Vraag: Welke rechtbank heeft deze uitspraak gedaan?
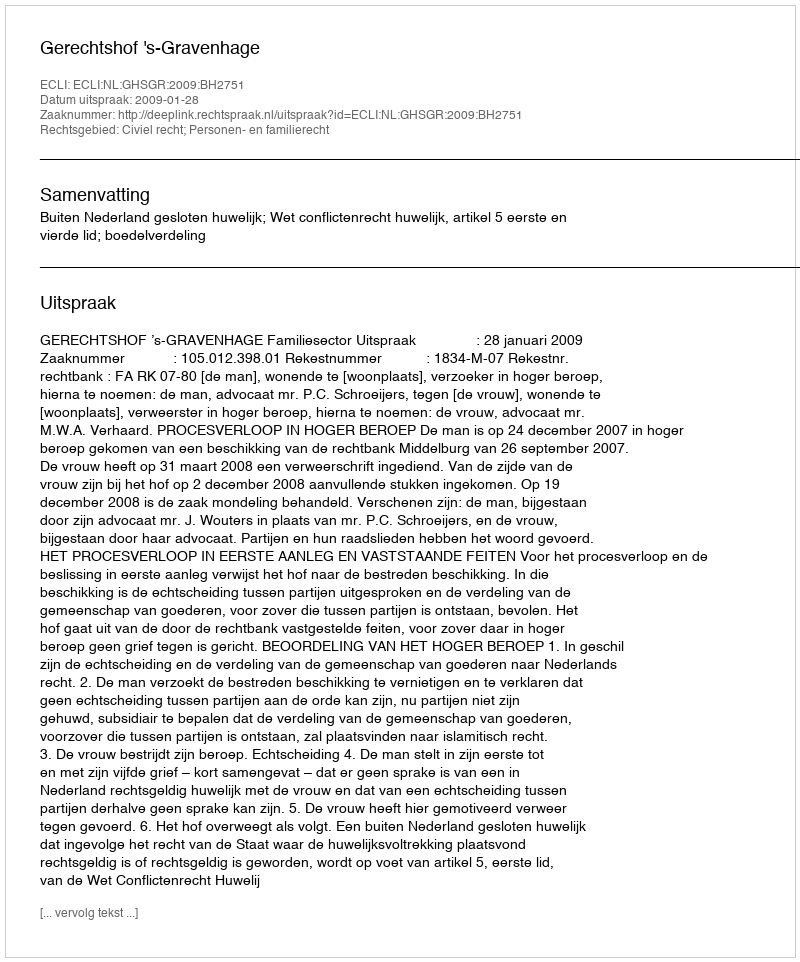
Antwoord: Gerechtshof 's-Gravenhage